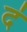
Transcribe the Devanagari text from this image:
दं